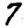
Digit: 7